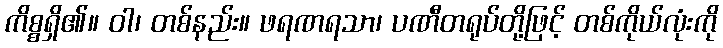
ကိစ္စရှိ၏။ ဝါ၊ တစ်နည်း။ ဖရဏရသာ၊ ပဏီတရုပ်တို့ဖြင့် တစ်ကိုယ်လုံးကို